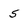
Character: 5